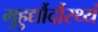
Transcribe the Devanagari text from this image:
मुहुर्द्यौर्दौस्थ्यं